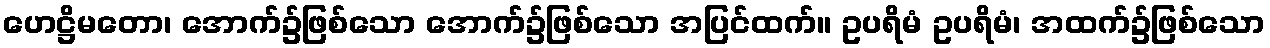
ဟေဋ္ဌိမတော၊ အောက်၌ဖြစ်သော အောက်၌ဖြစ်သော အပြင်ထက်။ ဥပရိမံ ဥပရိမံ၊ အထက်၌ဖြစ်သော